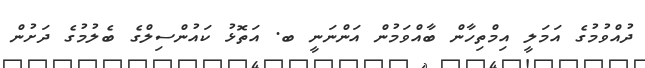
ދުއްވުމުގެ އަމަލީ އިމްތިހާން ބާއްވަމުން އަންނަނީ ބ. އަތޮޅު ކައުންސިލްގެ ބެލުމުގެ ދަށުން